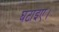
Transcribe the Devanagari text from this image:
घटाइए।